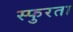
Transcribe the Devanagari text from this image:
स्फुरता